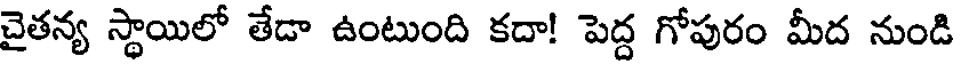
చైతన్య స్థాయిలో తేడా ఉంటుంది కదా! పెద్ద గోపురం మీద నుండి